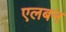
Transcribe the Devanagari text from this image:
एलबन